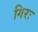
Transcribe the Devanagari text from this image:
गिरः